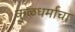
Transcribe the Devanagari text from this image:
कुळधर्माचा